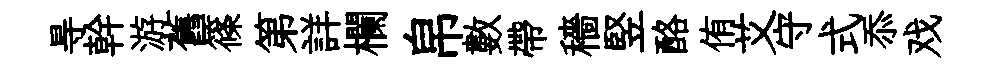
㝵幹游舊篠第詳欄帛數帶穡竪酪侑艾守式忝戏